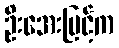
ဦးအေးမြင့်က